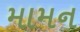
મામન